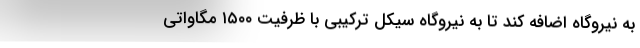
به نیروگاه اضافه کند تا به نیروگاه سیکل ترکیبی با ظرفیت ۱۵۰۰ مگاواتی